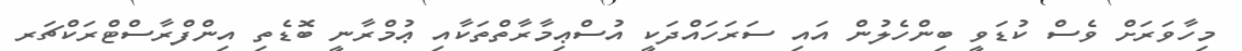
މިހާވަރަށް ވެސް ކުޑަވީ ބިންހެލުން އައި ސަރަހައްދަކީ އުސްޢިމާރާތްތަކާއި ޢުމްރާނީ ބޮޑެތި އިންފްރާސްޓްރަކްޗަރ